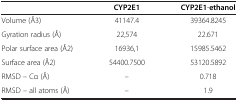
<table><thead><tr><td><b> </b></td><td><b>CYP2E1</b></td><td><b>CYP2E1-ethanol</b></td></tr></thead><tbody><tr><td>Volume (Å3)</td><td>41147.4</td><td>39364.8245</td></tr><tr><td>Gyration radius (Å)</td><td>22,574</td><td>22.671</td></tr><tr><td>Polar surface area (Å2)</td><td>16936,1</td><td>15985.5462</td></tr><tr><td>Surface area (Å2)</td><td>54400.7500</td><td>53120.5892</td></tr><tr><td>RMSD – Cα (Å)</td><td>–</td><td>0.718</td></tr><tr><td>RMSD – all atoms (Å)</td><td>–</td><td>1.9</td></tr></tbody></table>